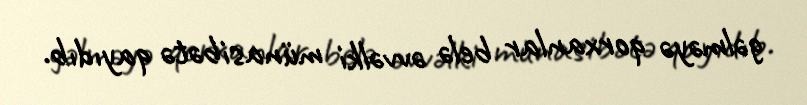
gəlməyə qorxanlar belə əvvəlki münasibətə qayıdıb.